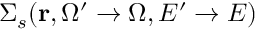
\Sigma _ { s } ( \mathbf { r } , \Omega ^ { \prime } \rightarrow \Omega , E ^ { \prime } \rightarrow E )